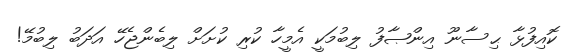
ކޮއިފުޅާ ޙިސާނޫ އިންޞާފު ލިބުމަކީ އެމީހާ ކުރި ކުށަށް ލިބެންޖެހޭ އަދަބު ލިބުމޭ!